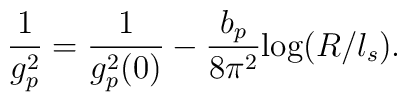
\frac{1}{g^2_p} = \frac{1}{g^2_p(0)} - \frac{b_p}{8 \pi^2} \mbox{log}(R/l_s) .